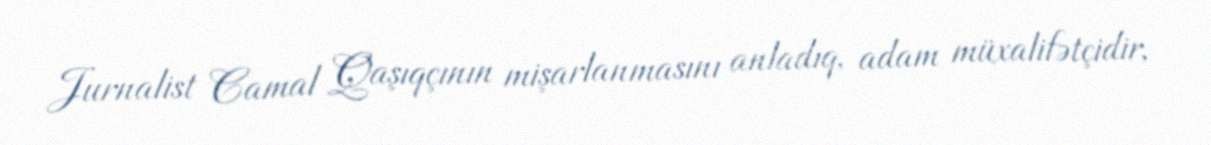
Jurnalist Camal Qaşıqçının mişarlanmasını anladıq, adam müxalifətçidir,